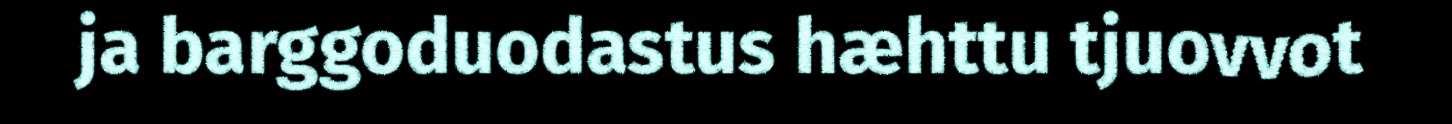
ja barggoduodastus hæhttu tjuovvot